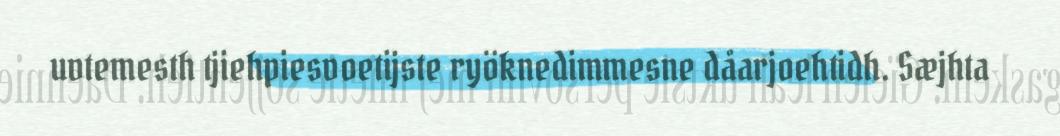
uvtemesth tjiehpiesvoetijste ryöknedimmesne dåarjoehtidh. Sæjhta